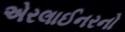
એરલાઈનરનો